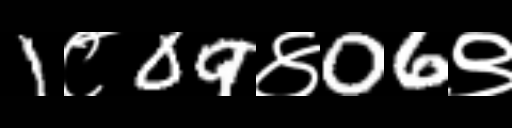
Text: 1८09४06९